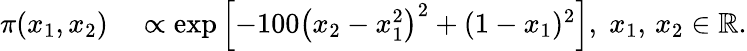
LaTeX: \begin{array}{rl}{\pi(x_{1},x_{2})}&{{}\propto\exp\left[-100\left(x_{2}-x_{1}^{2}\right)^{2}+(1-x_{1})^{2}\right],\; x_{1},\, x_{2}\in\mathbb{R}.}\end{array}